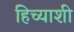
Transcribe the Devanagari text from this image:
हिच्‍याशी